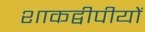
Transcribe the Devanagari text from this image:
शाकद्वीपीयों